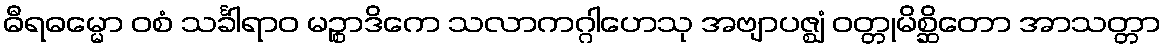
ဓီရဓမ္မော ဝစံ သင်္ခါရာဝ မဉ္စာဒိကေ သလာကဂ္ဂါဟေသု အဗျာပဇ္ဈံ ဝတ္တုမိစ္ဆိတော အာသတ္တာ